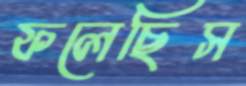
ফলেছিস